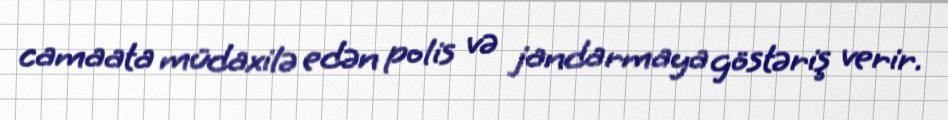
camaata müdaxilə edən polis və jandarmaya göstəriş verir.